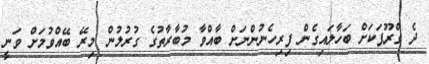
ދެ ގްރޫޕަކަށް ބަހާލައިގެން ފިރިހެނުންނަށް ބާއްވާ މުބާރާތުގެ ގުރުލުން މިރޭ ބޭއްވުމަށް ވަނީ